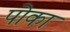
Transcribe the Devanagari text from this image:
पोका